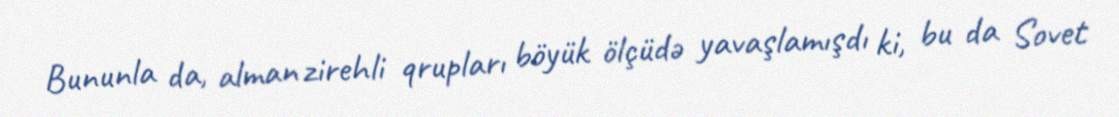
Bununla da, alman zirehli qrupları böyük ölçüdə yavaşlamışdı ki, bu da Sovet